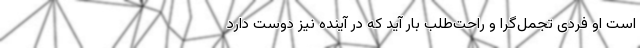
است او فردی تجمل‌گرا و راحت‌طلب بار آید که در آینده نیز دوست دارد